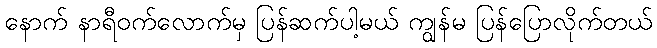
နောက် နာရီဝက်လောက်မှ ပြန်ဆက်ပါ့မယ် ကျွန်မ ပြန်ပြောလိုက်တယ်